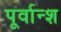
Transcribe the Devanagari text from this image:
पूर्वान्श